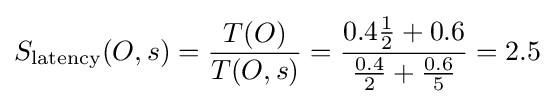
S_{\text{latency}}(O,s)={\frac {T(O)}{T(O,s)}}={\frac {{0.4}{\frac {1}{2}}+0.6}{{\frac {0.4}{2}}+{\frac {0.6}{5}}}}=2.5